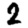
Digit: 2